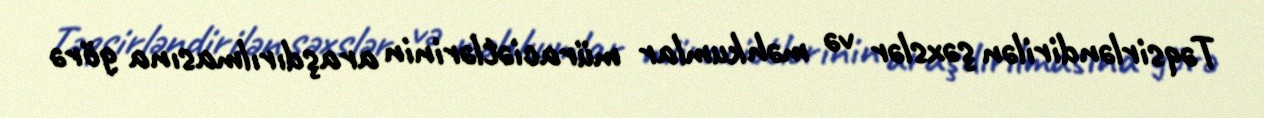
Təqsirləndirilən şəxslər və məhkumlar müraciətlərinin araşdırılmasına görə